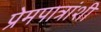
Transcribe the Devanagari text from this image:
प्रेमपात्रांशी